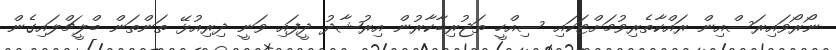
ނޯރޯވައިރަސްއިން ރައްކާތެރިވުމަށްޓަކައި ސިއްހީ ތަޖުރިބާކާރުން އިރުޝާދު ދީފައި ވަނީ ދިރިއުޅޭ ތަންތަން ބްލީޗްލައިގެން